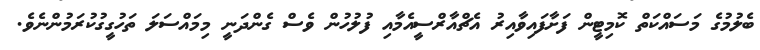
ބެލުމުގެ މަސައްކަތް ކޮމިޓީން ފަށާފައިވާއިރު އެޗްއާރްސީއެމާއި ފުލުހުން ވެސް ގެންދަނީ މިމައްސަލަ ތަހުގީގުކުރަމުންނެވެ.